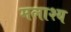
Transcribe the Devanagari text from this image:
मलाश्य